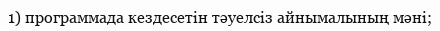
1) программада кездесетін тәуелсіз айнымалының мәні;